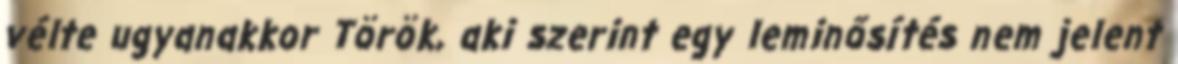
vélte ugyanakkor Török, aki szerint egy leminősítés nem jelent